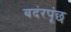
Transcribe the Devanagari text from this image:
बदंरपूंछ